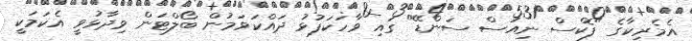
އެމެރިކާގެ "ފޮކްސް ނިއުސް ސަންޑޭ" ގައި ވާހަކަފުޅު ދައްކަވަމުން ބޯލްޓަން ވިދާޅުވީ އެކަމަކީ